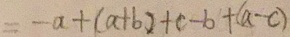
= - a + ( a + b ) + c - b + ( a - c )